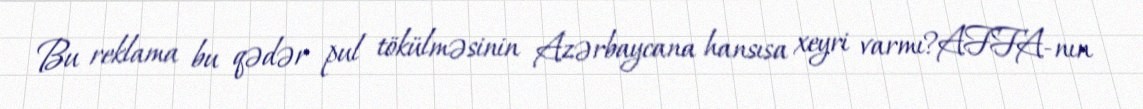
Bu reklama bu qədər pul tökülməsinin Azərbaycana hansısa xeyri varmı?AFFA-nın